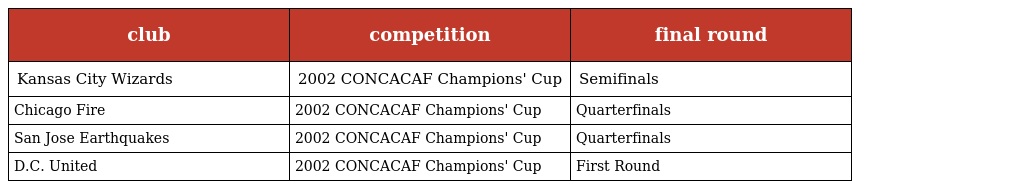
| club | competition | final round |
 | --- | --- | --- |
 | Kansas City Wizards | 2002 CONCACAF Champions' Cup | Semifinals |
 | Chicago Fire | 2002 CONCACAF Champions' Cup | Quarterfinals |
 | San Jose Earthquakes | 2002 CONCACAF Champions' Cup | Quarterfinals |
 | D.C. United | 2002 CONCACAF Champions' Cup | First Round |